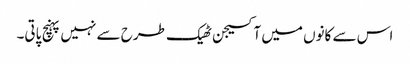
اس سے کانوں میں آکسیجن ٹھیک طرح سے نہیں پہنچ پاتی۔